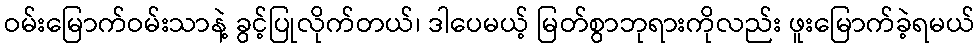
ဝမ်းမြောက်ဝမ်းသာနဲ့ ခွင့်ပြုလိုက်တယ်၊ ဒါပေမယ့် မြတ်စွာဘုရားကိုလည်း ဖူးမြောက်ခဲ့ရမယ်